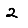
Digit: 2